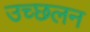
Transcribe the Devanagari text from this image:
उच्छलन